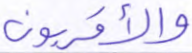
والأقربون